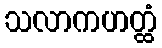
သလာကဟတ္ထံ